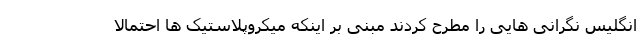
انگلیس نگرانی هایی را مطرح کردند مبنی بر اینکه میکروپلاستیک ها احتمالا